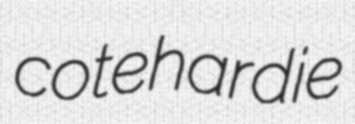
cotehardie